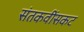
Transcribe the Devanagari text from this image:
संतकवींसकट